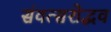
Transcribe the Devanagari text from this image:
संवत्सरोद्भव